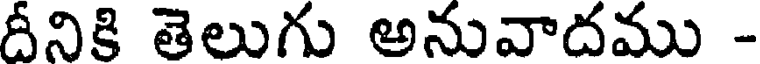
దీనికి తెలుగు అనువాదము -